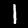
Label: 1